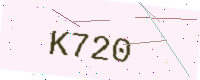
Text: K720